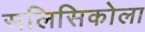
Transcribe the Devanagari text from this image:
सलिसिकोला